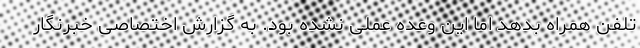
تلفن همراه بدهد اما این وعده عملی نشده بود. به گزارش اختصاصی خبرنگار